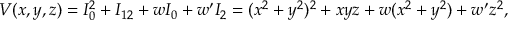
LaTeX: V ( x , y , z ) = I _ { 0 } ^ { 2 } + I _ { 1 2 } + w I _ { 0 } + w ^ { \prime } I _ { 2 } = ( x ^ { 2 } + y ^ { 2 } ) ^ { 2 } + x y z + w ( x ^ { 2 } + y ^ { 2 } ) + w ^ { \prime } z ^ { 2 } ,